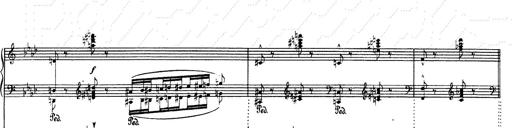
Title: Weinen, Klagen, Sorgen, Zagen
Composer: Franz Liszt